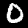
Digit: 0